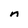
Character: n